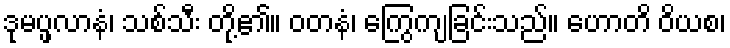
ဒုမပ္ဖလာနံ၊ သစ်သီး တို့၏။ ဝတနံ၊ ကြွေကျခြင်းသည်။ ဟောတိ ဝိယစ၊